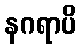
နဂရာပိ